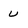
Character: u